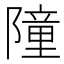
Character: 𮥤